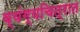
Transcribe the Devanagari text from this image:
व्यंग्यचित्रात